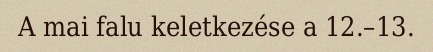
A mai falu keletkezése a 12.–13.